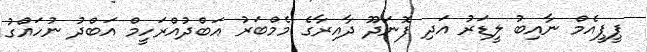
ޕީޕީއެމް ނާއިބު ލީޑަރު އަދި ފޮނަދޫ ދާއިރާގެ މެމްބަރު އަބްދުއްރަހީމް އަބްދު ނުހައްގު